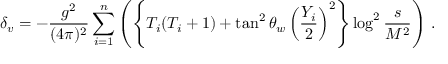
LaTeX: \delta _ { v } = - \frac { g ^ { 2 } } { ( 4 \pi ) ^ { 2 } } \sum _ { i = 1 } ^ { n } \left( \left\{ T _ { i } ( T _ { i } + 1 ) + \tan ^ { 2 } \theta _ { w } \left( \frac { Y _ { i } } { 2 } \right) ^ { 2 } \right\} \log ^ { 2 } \frac { s } { M ^ { 2 } } \right) \, .